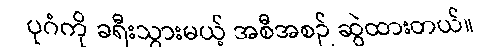
ပုဂံကို ခရီးသွားမယ့် အစီအစဉ် ဆွဲထားတယ်။